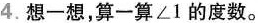
4.想一想，算一算\angle 1的度数。